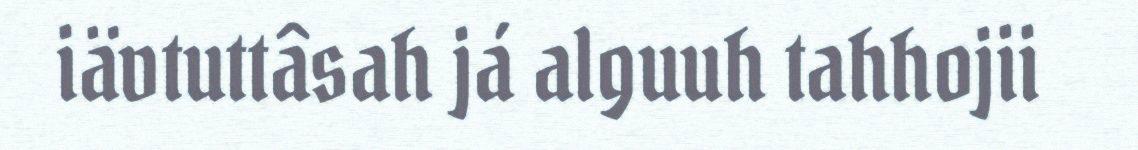
iävtuttâsah já alguuh tahhojii